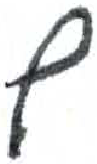
אות: ץ